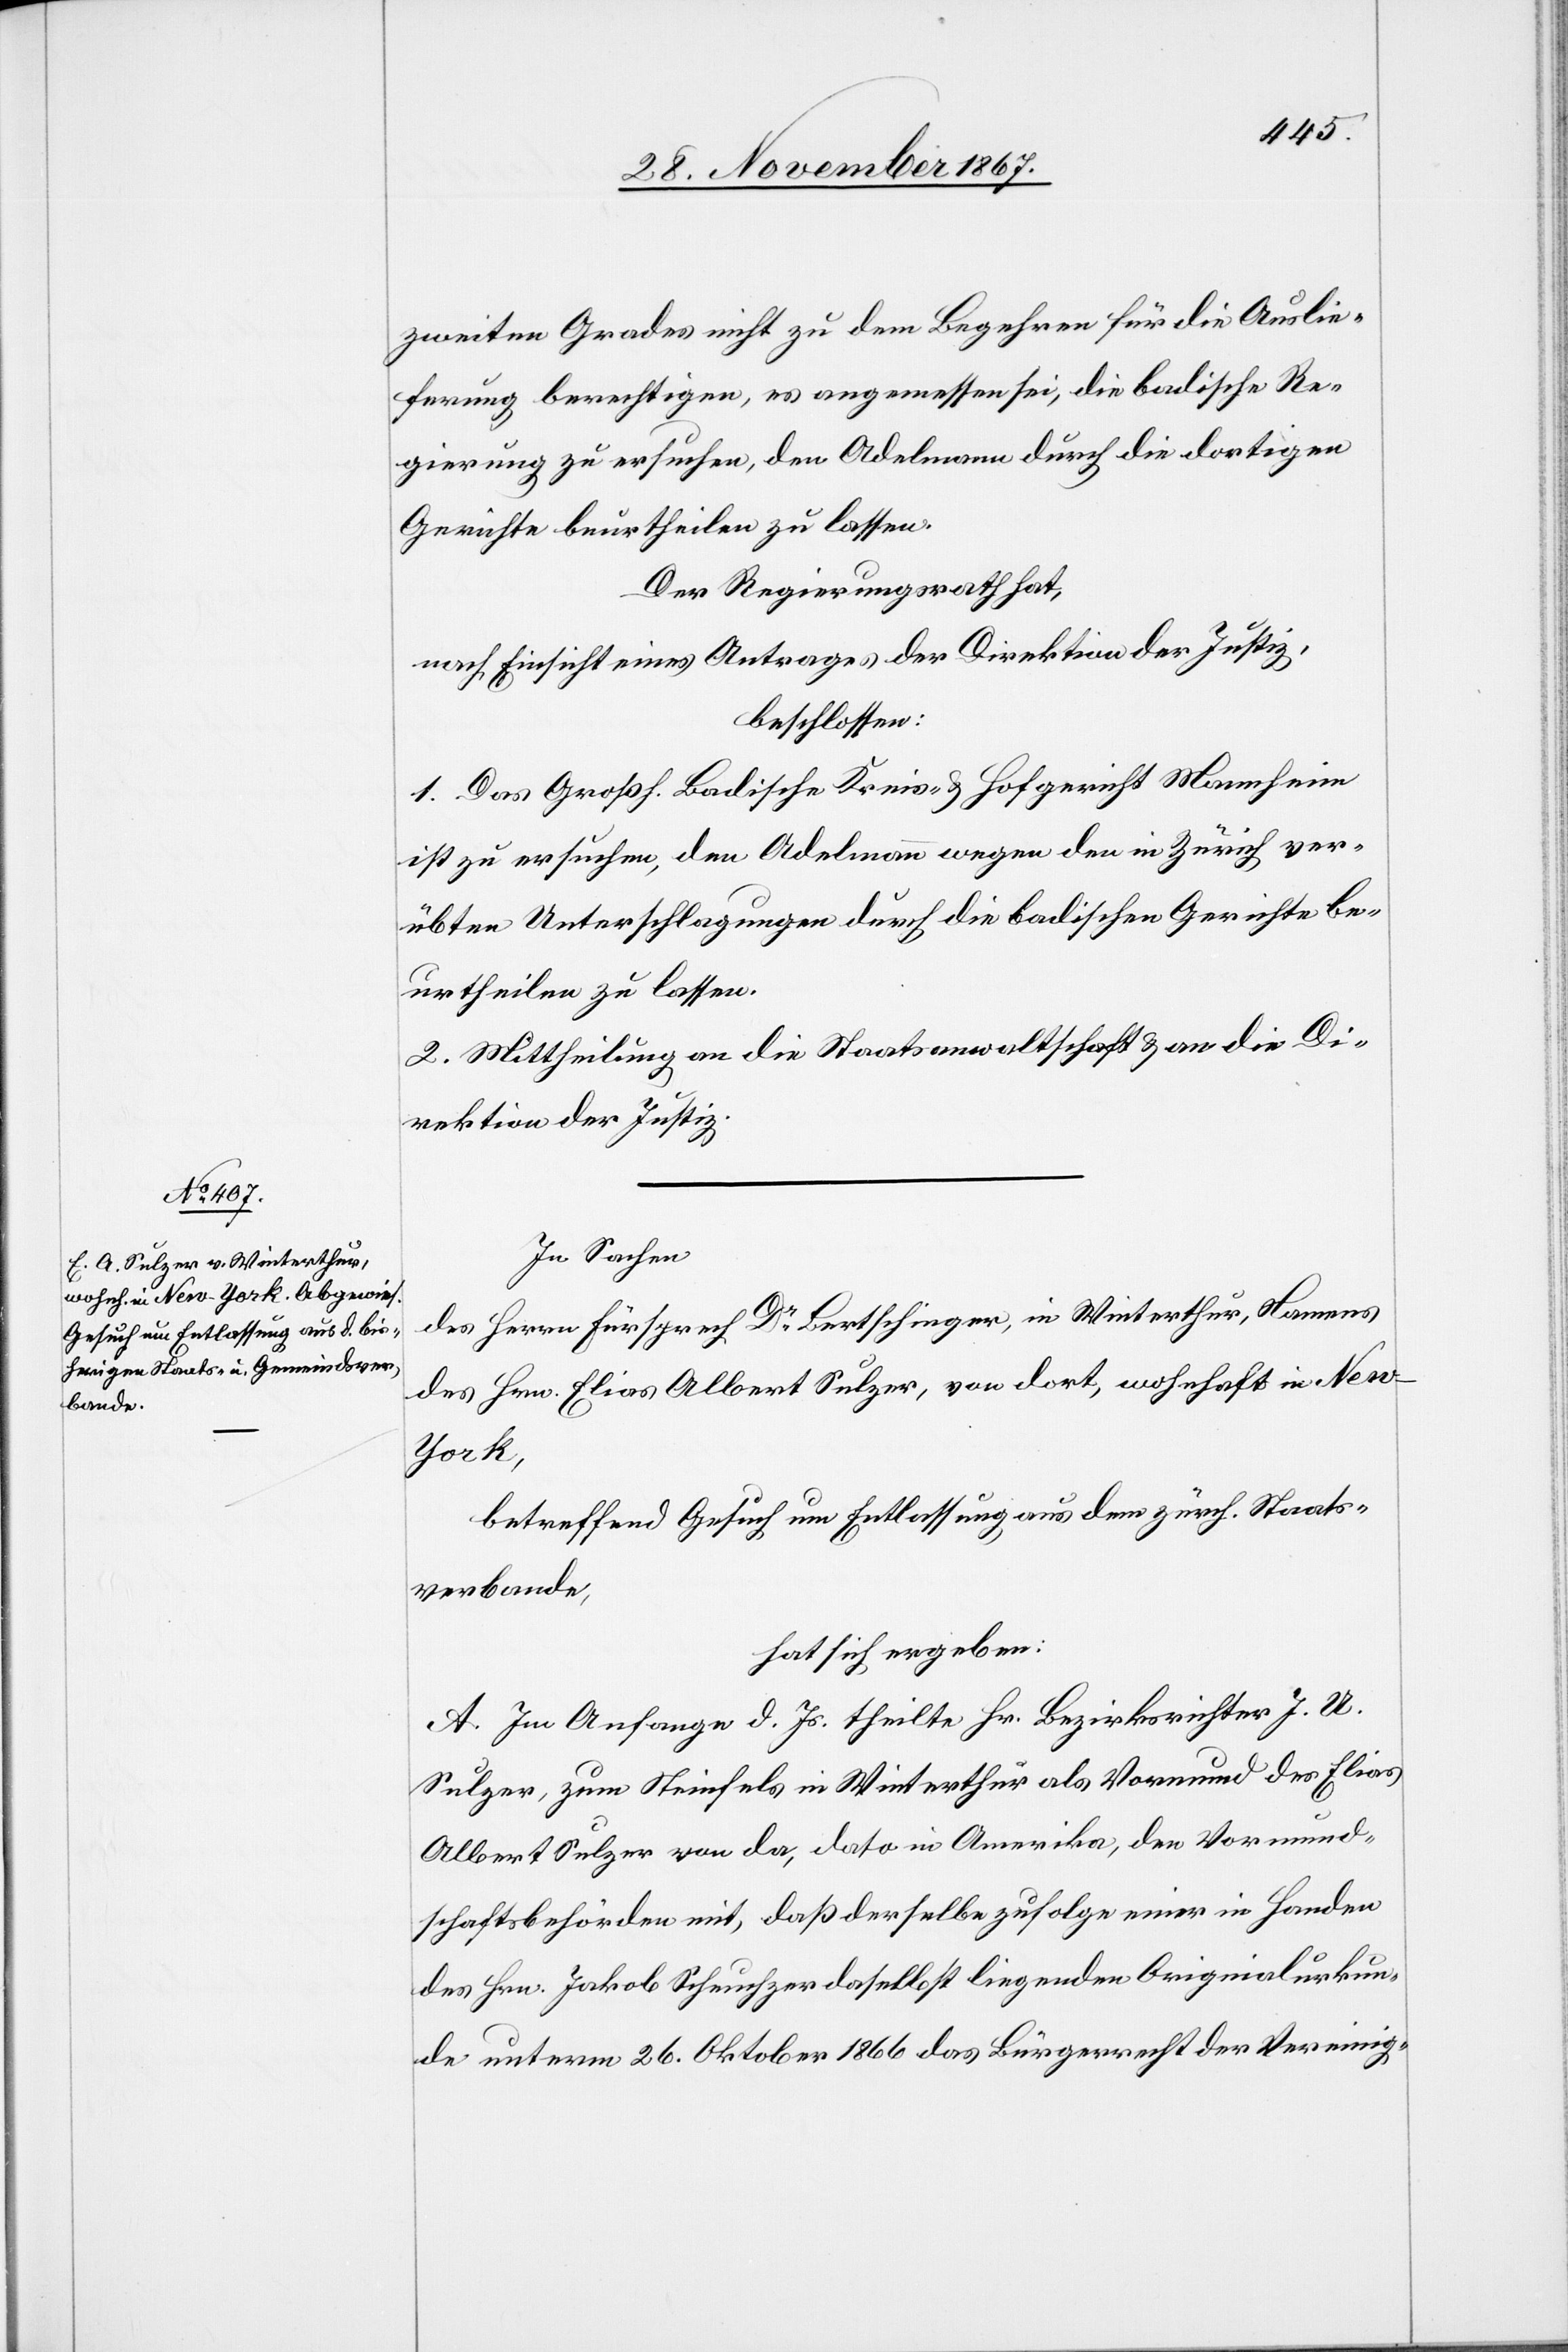
zweiten Grades nicht zu den Begehren für die Auslie¬
ferung berechtigen, es angemessen sei, die badische Re¬
gierung zu ersuchen, den Adelmann durch die dortigen
Gerichte beurtheilen zu lassen.
Der Regierungsrath hat,
nach Einsicht eines Antrages der Direktion der Justiz,
beschlossen:
1. Das Großh. Badische Kreis- u. Hofgericht Mannheim
ist zu ersuchen, den Adelmann wegen den in Zürich ver¬
übten Unterschlagungen durch die badischen Gerichte be¬
urtheilen zu lassen.
2. Mittheilung an die Staatsanwaltschaft u. an die Di¬
rektion der Justiz.
In Sachen
des Herrn Fürsprech Dr Bertschinger, in Winterthur, Namens
des Hrn. Elias Albert Sulzer, von dort, wohnhaft in Ne¬
w-York,
betreffend Gesuch um Entlassung aus dem zürch. Staats¬
verbande,
hat sich ergeben:
A. Im Anfange d. Js. theilt Hr. Bezirksrichter J. A.
Sulzer, zum Steinfels in Winterthur als Vormund des Elias
Albert Sulzer von da, dato in Amerika, den Vormund¬
schaftsbehörden mit, daß derselbe zufolge einer in Handen
des Hrn. Jakob Scheuchzer daselbst liegenden Originalurkun¬
de unterm 26 Oktober 1866 das Bürgerrecht der Vereinig-